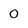
Character: O